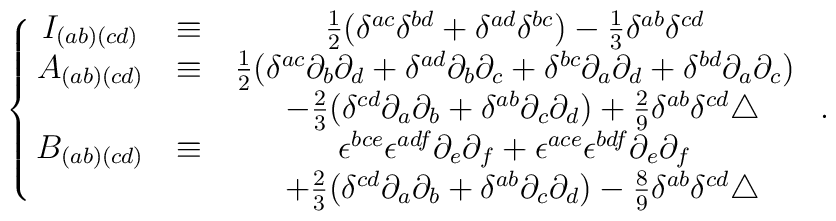
\left\{\matrix{   I_{(ab)(cd)} &\equiv& \frac{1}{2} (\delta^{ac}\delta^{bd} +\delta^{ad}\delta^{bc} )-\frac{1}{3} \delta^{ab}\delta^{cd} \cr   A_{(ab)(cd)} &\equiv& \frac{1}{2} (\delta^{ac}\partial_b\partial_d + \delta^{ad}\partial_b\partial_c + \delta^{bc}\partial_a\partial_d+\delta^{bd}\partial_a\partial_c) \cr    & & \:\:-\frac{2}{3} (\delta^{cd}\partial_a\partial_b +\delta^{ab}\partial_c\partial_d) +\frac{2}{9}\delta^{ab}\delta^{cd}\triangle \cr   B_{(ab)(cd)} &\equiv& \epsilon^{bce}\epsilon^{adf}\partial_e\partial_f + \epsilon^{ace}\epsilon^{bdf}\partial_e\partial_f \cr    & & \:\:+\frac{2}{3} (\delta^{cd} \partial_a\partial_b +\delta^{ab}\partial_c \partial_d ) -\frac{8}{9}\delta^{ab}\delta^{cd}\triangle \cr} \right. \ .